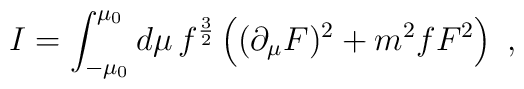
I= \int^{\mu_0}_{-\mu_0} d\mu \, f^{{3\over 2}} \left((\partial_\mu F)^2  + {m^2 f} F^2 \right)\ ,